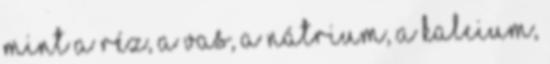
mint a réz, a vas, a nátrium, a kalcium,